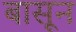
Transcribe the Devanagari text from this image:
बासून